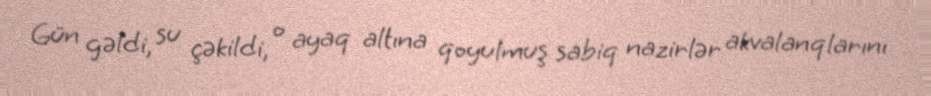
Gün gəldi, su çəkildi, o ayaq altına qoyulmuş sabiq nazirlər akvalanqlarını